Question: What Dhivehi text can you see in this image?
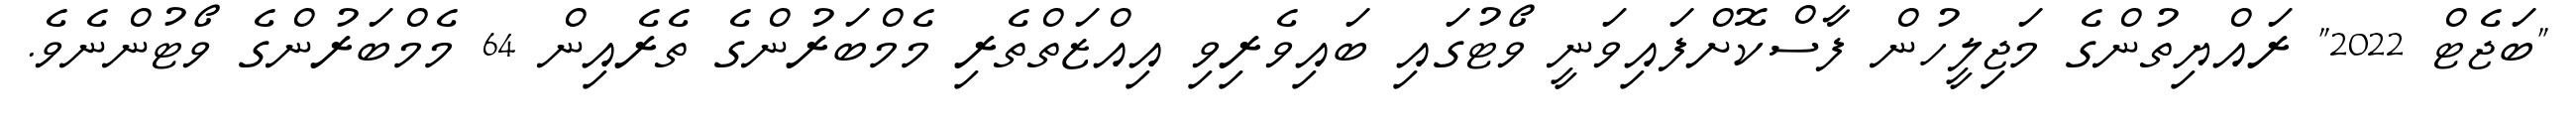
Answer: "ބަޖެޓް 2022" ރައްޔިތުންގެ މަޖިލީހުން ފާސްކޮށްފައިވަނީ ވޯޓުގައި ބައިވެރިވި އިއްޒަތްތެރި މެމްބަރުންގެ ތެރެއިން 64 މެމްބަރުންގެ ވޯޓުންނެވެ.